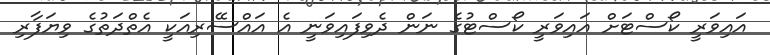
އައިވަރީ ކޯސްޓަށް އައިވަރީ ކޯސްޓުގެ ނަން ދެވިފައިވަނީ އެ އައްސޭރިއަކީ އެތްދަތުގެ ވިޔަފާރި